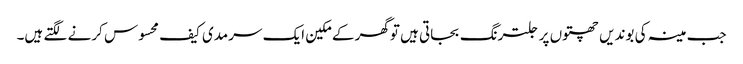
جب مینہ کی بوندیں چھتوں پر جلترنگ بجاتی ہیں توگھر کے مکین ایک سرمدی کیف محسوس کرنے لگتے ہیں۔